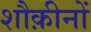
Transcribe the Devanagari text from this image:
शौक़ीनों